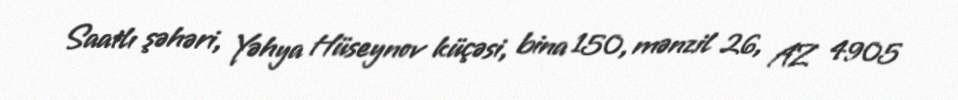
Saatlı şəhəri, Yəhya Hüseynov küçəsi, bina 150, mənzil 26, AZ 4905